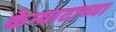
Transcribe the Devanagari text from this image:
केन्याटाच्या